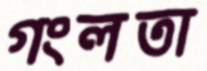
গংলতা